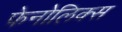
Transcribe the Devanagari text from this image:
फेनोलिक्स